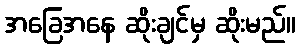
အခြေအနေ ဆိုးချင်မှ ဆိုးမည်။